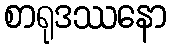
စာရုဒဿနော